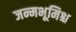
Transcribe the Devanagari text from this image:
जन्मभूमिश्च